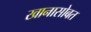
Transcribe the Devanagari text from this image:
खानासोबत